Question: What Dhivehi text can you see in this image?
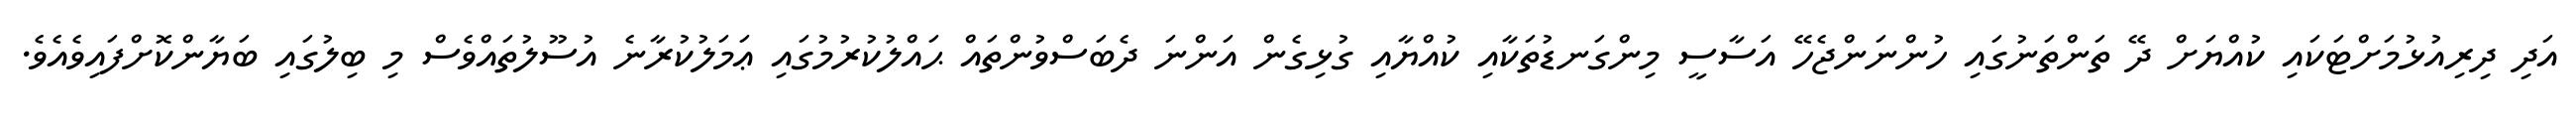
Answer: އަދި ދިރިއުޅުމަށްޓަކައި ކުއްޔަށް ދޭ ތަންތަނުގައި ހުންނަންޖެހޭ އަސާސީ މިންގަނޑުތަކާއި ކުއްޔާއި ގުޅިގެން އަންނަ ދެބަސްވުންތައް ޙައްލުކުރުމުގައި ޢަމަލުކުރާނެ އުސޫލުތައްވެސް މި ބިލުގައި ބަޔާންކޮށްފައިވެއެވެ.